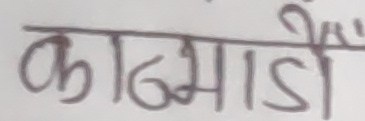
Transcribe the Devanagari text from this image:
काठमाडौँ